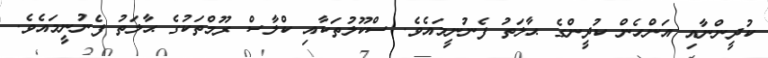
ކުދީންނާއި އަންހެން ކުދީންގެ ޙާލަތު ފެނުނީމައެވެ. ސްކޫލުތަކާއި ކްލާސް ރޫމްތަކުގެ ޙާލަތު ފެނުނީމައެވެ.